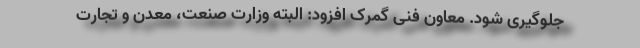
جلوگیری شود. معاون فنی گمرک افزود: البته وزارت صنعت، معدن و تجارت